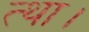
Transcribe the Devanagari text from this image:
त्था।